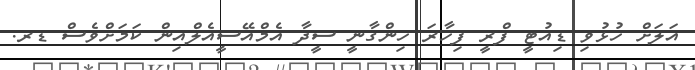
އަލަށް ހުޅުވި ޑިއުޓީ ފްރީ ފިހާރަ ހިންގާނީ ސީދާ އެމްއޭސީއެލްއިން ކަމަށްވެސް ޑރ.